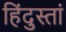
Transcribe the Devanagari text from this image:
हिंदुस्तां